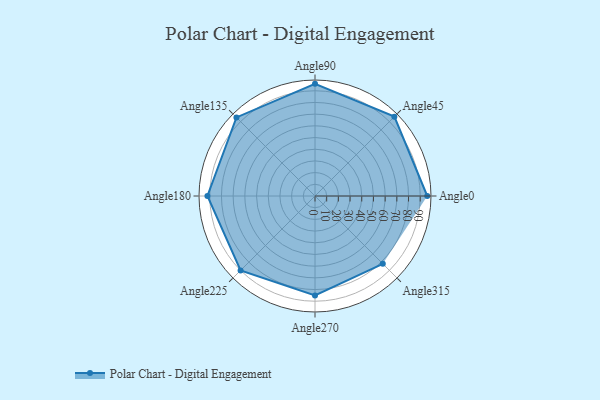
{"axis": {"x": "Angle", "y": "Radius"}, "legend": [""], "data": [{"x": "Angle0", "y": 96.0, "type": ""}, {"x": "Angle45", "y": 96.0, "type": ""}, {"x": "Angle90", "y": 96.0, "type": ""}, {"x": "Angle135", "y": 95.0, "type": ""}, {"x": "Angle180", "y": 92.0, "type": ""}, {"x": "Angle225", "y": 90.0, "type": ""}, {"x": "Angle270", "y": 85.0, "type": ""}, {"x": "Angle315", "y": 82.0, "type": ""}]}